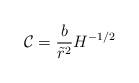
LaTeX: \begin{align*}\mathcal{C} = \frac{b}{\tilde{r}^2} H^{-1/2}\end{align*}